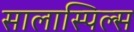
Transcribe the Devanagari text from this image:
सालास्पिल्स